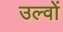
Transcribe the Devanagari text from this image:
उल्वों